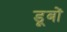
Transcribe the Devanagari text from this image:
डूबों